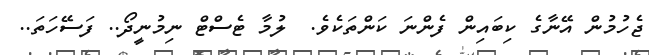
ޖެހުމުން އޭނާގެ ކިބައިން ފެންނަ ކަންތަކެވެ.  ލުމާ ޓެސްޓް ނިމުނީދޯ.. ފަސޭހަތަ..